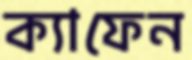
ক্যাফেন